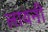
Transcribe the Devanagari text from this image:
लायनी